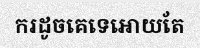
ករដូចគេទេអោយតែ